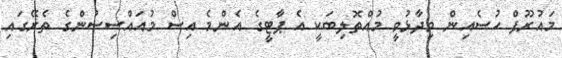
މައުރޫފް ހުސެއިން ވިދާޅުވީ މުއްތޮލިބަކީ އެ ޕާޓީގެ އެންމެ އިސް މުއައްސިސުންގެ ތެރޭގައި